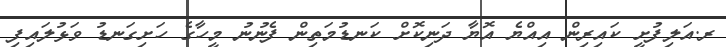
ރ.އަލިފުށީ ކައިރިން އިއްޔެ އޮޔާ ދަނިކޮށް ކަނޑުމަތިން ފެނުނު މީހާގެ ހަށިގަނޑު ވަޅުލައިފި